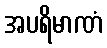
အပရိမာဏံ